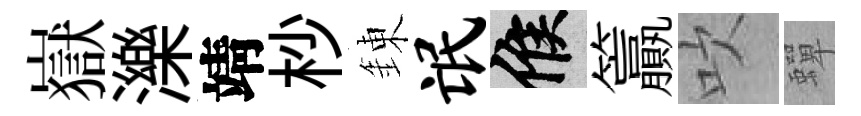
嶽濼靖杪錬氓候籯吹蟬